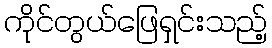
ကိုင်တွယ်ဖြေရှင်းသည့်